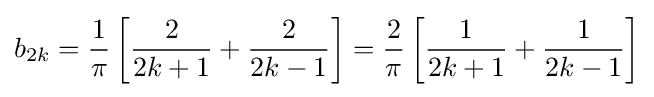
b_{2k}={\frac {1}{\pi }}\left[{\frac {2}{2k+1}}+{\frac {2}{2k-1}}\right]={\frac {2}{\pi }}\left[{\frac {1}{2k+1}}+{\frac {1}{2k-1}}\right]